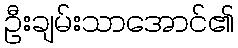
ဦးချမ်းသာအောင်၏